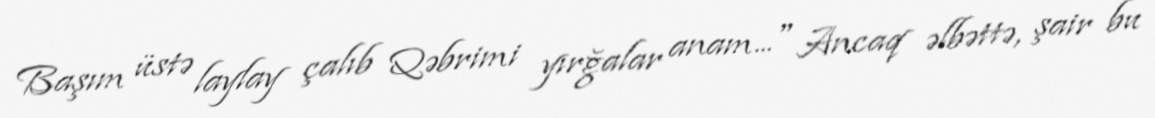
Başım üstə laylay çalıb Qəbrimi yırğalar anam..." Ancaq əlbəttə, şair bu